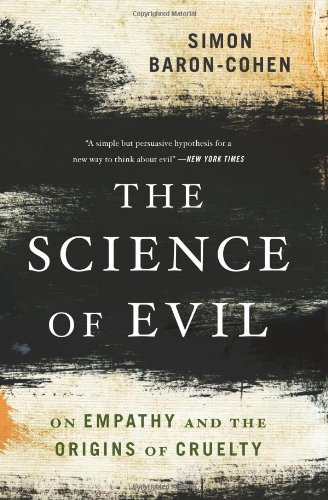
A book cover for The Science of Evil: On Empathy and the Origins of Cruelty; Simon Baron-Cohen; Medical Books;